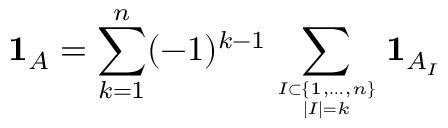
\mathbf { 1 } _ { A } = \sum _ { k = 1 } ^ { n } ( - 1 ) ^ { k - 1 } \sum _ { I \subset \{ 1 , \ldots , n \} \atop | I | = k } \mathbf { 1 } _ { A _ { I } }